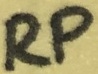
Text: RP